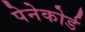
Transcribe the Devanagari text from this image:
पेनेकोर्ड